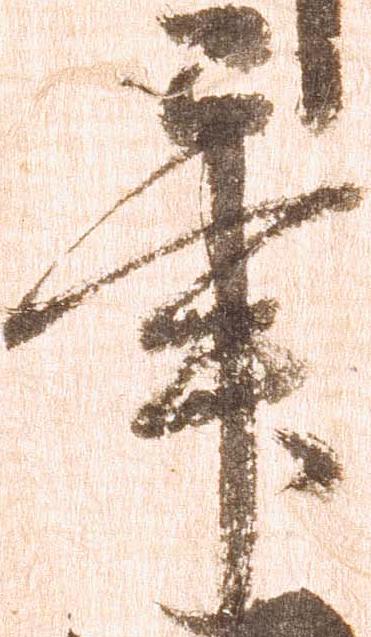
畢